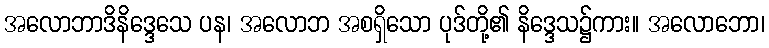
အလောဘာဒိနိဒ္ဒေသေ ပန၊ အလောဘ အစရှိသော ပုဒ်တို့၏ နိဒ္ဒေသ၌ကား။ အလောဘော၊